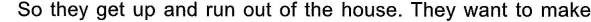
So they get up and run out of the house.They want to make